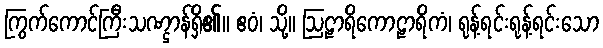
ကြွက်ကောင်ကြီးသဏ္ဌာန်ရှိ၏။ ဧဝံ၊ သို့။ ဩဠာရိကောဠာရိကံ၊ ရုန့်ရင်းရုန့်ရင်းသော